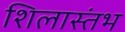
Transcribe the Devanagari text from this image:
शिलास्तंभ